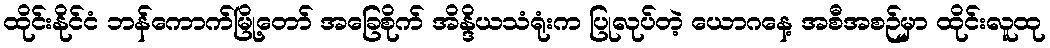
ထိုင်းနိုင်ငံ ဘန်ကောက်မြို့တော် အခြေစိုက် အိန္ဒိယသံရုံးက ပြုလုပ်တဲ့ ယောဂနေ့ အစီအစဉ်မှာ ထိုင်းလူထု